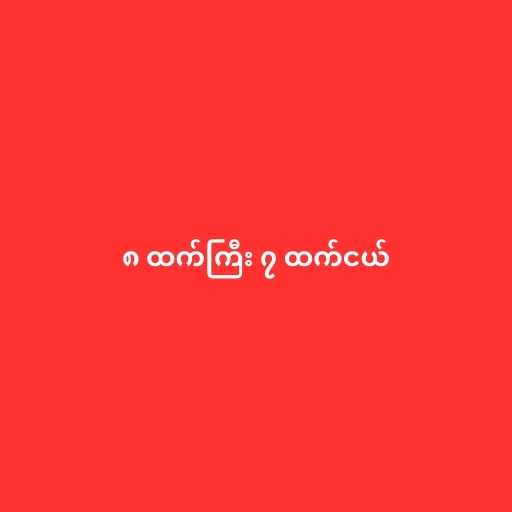
၈ ထက်ကြီး ၇ ထက်ငယ်